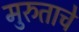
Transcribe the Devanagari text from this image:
मुरुताचे